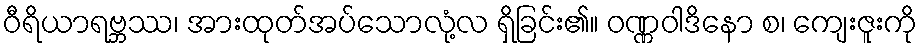
ဝီရိယာရဗ္ဘဿ၊ အားထုတ်အပ်သောလုံ့လ ရှိခြင်း၏။ ဝဏ္ဏဝါဒိနော စ၊ ကျေးဇူးကို